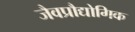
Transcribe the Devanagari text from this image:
जैवप्रौद्योगिक